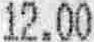
12.00